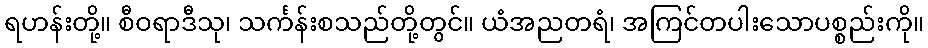
ရဟန်းတို့။ စီဝရာဒီသု၊ သင်္ကန်းစသည်တို့တွင်။ ယံအညတရံ၊ အကြင်တပါးသောပစ္စည်းကို။